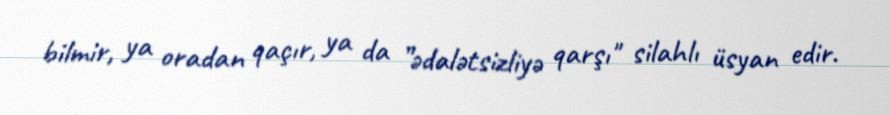
bilmir, ya oradan qaçır, ya da ”ədalətsizliyə qarşı" silahlı üsyan edir.